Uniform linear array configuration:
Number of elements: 16
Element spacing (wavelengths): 1
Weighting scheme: binomial
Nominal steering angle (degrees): -30
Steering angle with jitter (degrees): -29.272
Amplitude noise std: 0.05
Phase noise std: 0.05

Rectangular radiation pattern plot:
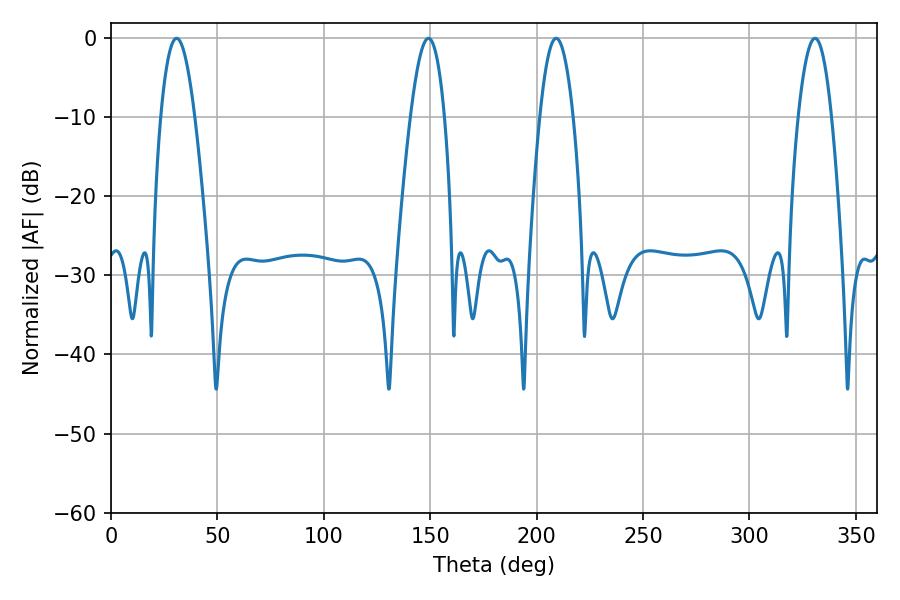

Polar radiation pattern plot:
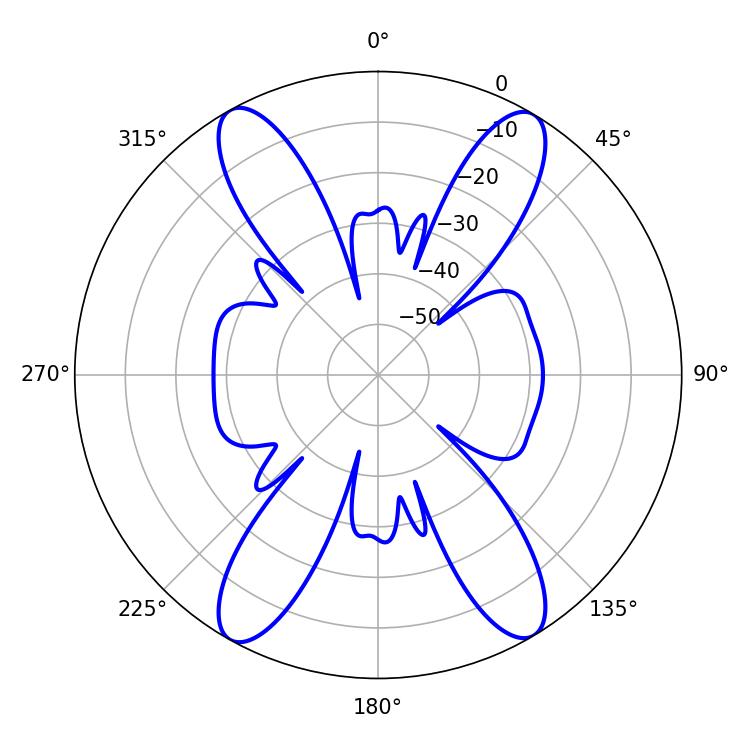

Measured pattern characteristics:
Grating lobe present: TRUE
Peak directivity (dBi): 22.071
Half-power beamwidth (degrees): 8.46
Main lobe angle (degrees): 209.16